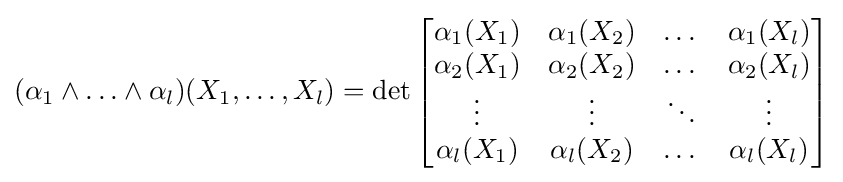
(\alpha _{1}\wedge \ldots \wedge \alpha _{l})(X_{1},\ldots ,X_{l})=\det {\begin{bmatrix}\alpha _{1}(X_{1})&\alpha _{1}(X_{2})&\dots &\alpha _{1}(X_{l})\\\alpha _{2}(X_{1})&\alpha _{2}(X_{2})&\dots &\alpha _{2}(X_{l})\\\vdots &\vdots &\ddots &\vdots \\\alpha _{l}(X_{1})&\alpha _{l}(X_{2})&\dots &\alpha _{l}(X_{l})\end{bmatrix}}